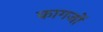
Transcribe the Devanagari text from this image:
कागजाें